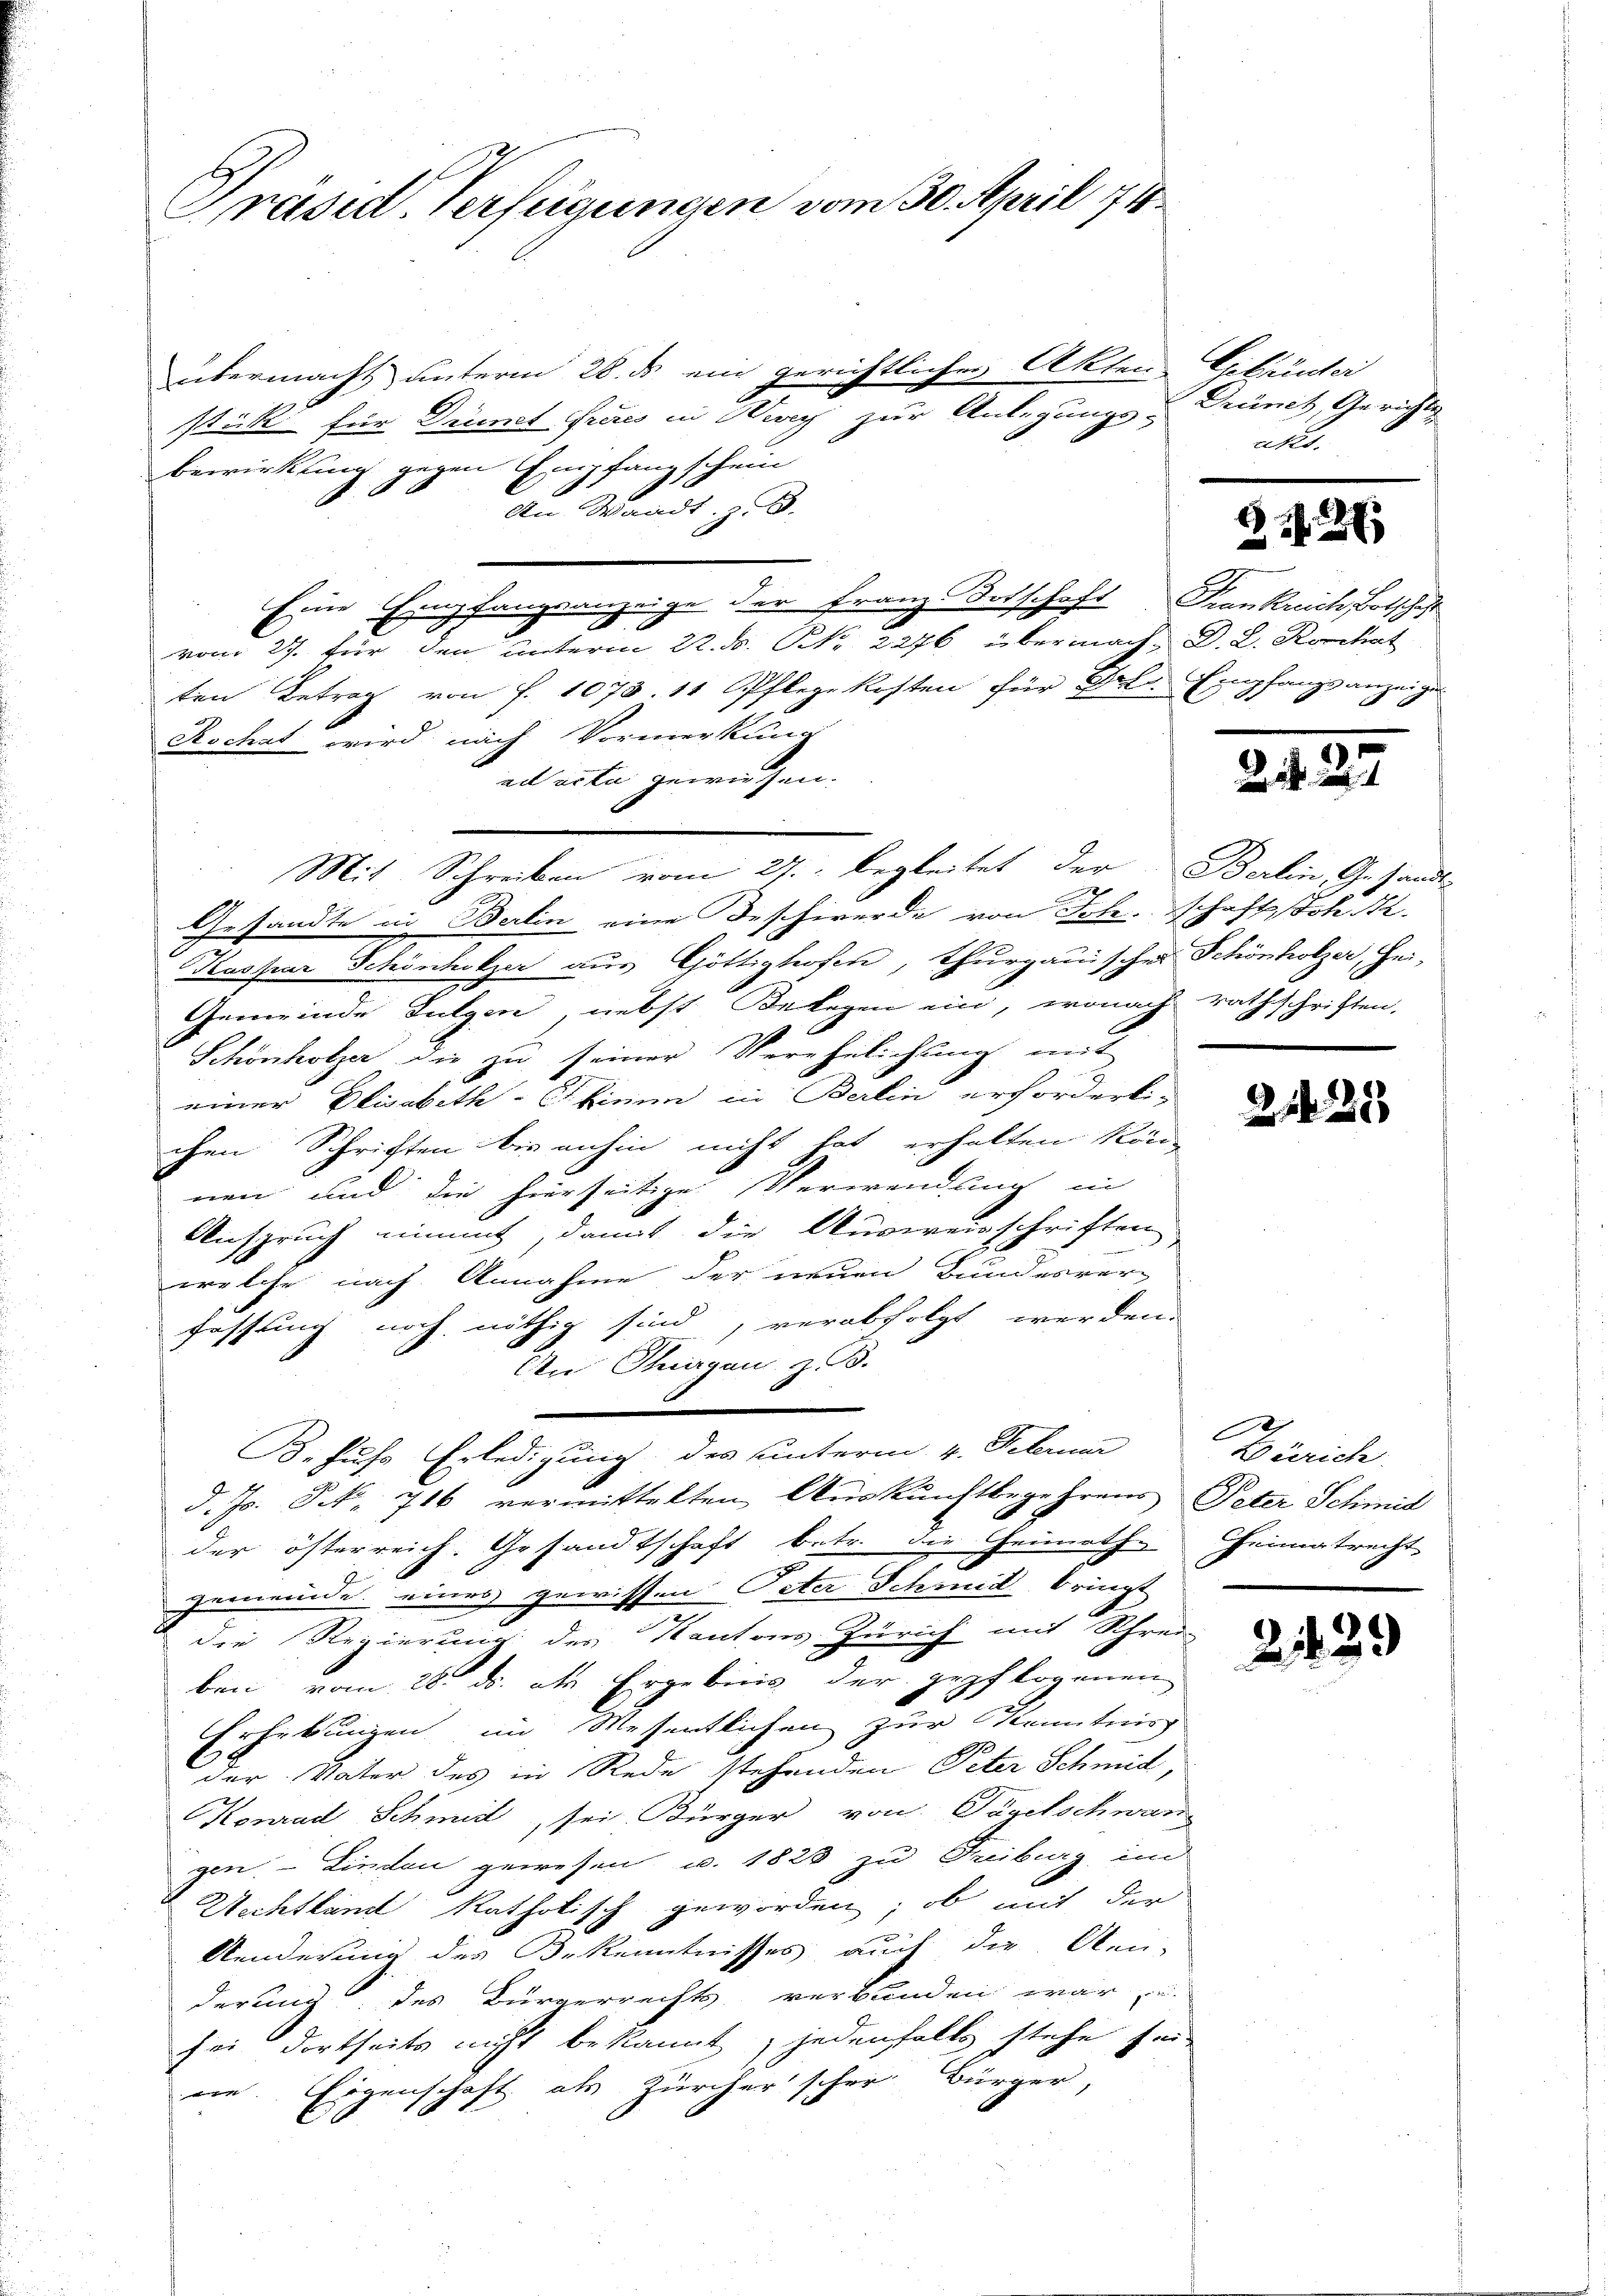
Präsid. Verfügungen vom 30. April 74

übermacht unterm 28. ds ein gerichtlicher Akten
stück für Drinnet freies in Krey zur Anlegungs-Prünch, Gerichts
bewirkung gegen Empfangschein
1
An Waadt, z.B.
Eine Empfangsanzeige der Franz Botschaft Frankreich Botschaft
vom 27. für den unterm 22. ds. Nr. 2276 übermach, D. R. Konchat
ten Betrag von f. 1078. 11 Pflegekosten für Frl. Empfangsanzeige
Rochas wird nach Vormerkung
ad acta gewiesen.
Gesandte in Berlin eine Beschwerde von Joh. schaft sch. 2.
Kaspar Schönhitzer aus Göttigtofen, thurgauischen Schönholzer, Hei-
Gemeinde Fulgen nebst Belegen ein, wonach rathschriften,
Schönholzer die zu seiner Verehelichung mit
er Elisabeth-Citium in Berlin erforderli-
chen Schriften bis anhin nicht hat erhalten kön
nen und die hierseitige Verwendung in
Anspruch eimmat, damit die Ausweisschriften,
welche nach Annahme der neuen Bundesver-
fassung noch nöthig sind, verabfolgt werden.
An Stiegen, z. B.
B.Fuss Erledigung des unterm 4. Februar
d. Js. S. 716 vermittelten Auskunftbegehrens Peter Schmid
der österreich. Gesandtschaft betr. die Gemath- heimatrecht
1
gemeinde eines gewissen Peter Schmid bringt
die Regierung des Kantons Zürich mit Schrei
ben vom 28. ds. als Ergebnis der gepflogenen
Erhebungen im Wesentlichen zur Kenntnis
der Vater des in Rede stehenden Peter Schmid,
Konrad Schmidt, sei Bürger von Türetschwar
gen. - Linden gewesen u. 1823 zu Freiburg, in
Wichtland katholisch geworden; ob mit der
Aenderung des Bekenntnisses auch die Oen-
derung des Bürgerrechts verbunden war, u.
sei dortseits nicht bekannt, jedenfalls stehe sei-
ein. Eigenschaft als Zürcherscher Bürger,

Mit Schreiben vom 27. begleitet der Berlin, Gesandt-

Citinter
akes.

22

G

)

2120

C
Zürich

2429